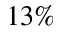
1 3 \%